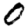
Digit: 0